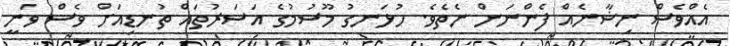
އެއްވެސް ނިޝާނެއް ފެންނަން ނެތެވެ. ހުޅަނގު މޫސުމުގެ އަސަރުތައް ތުނޑިއަށް ވެސް ވަނީ